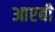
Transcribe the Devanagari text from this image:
आएबी